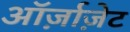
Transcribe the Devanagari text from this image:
ऑर्ज़ाज़ेट